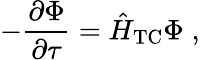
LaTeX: -\frac{\partial\Phi}{\partial\tau}=\hat{H}_{\mathrm{TC}}\Phi\; ,